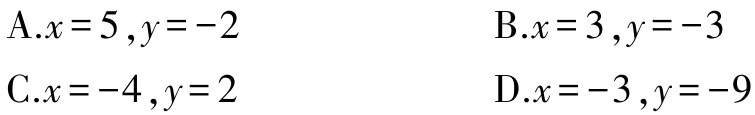
A.$x = 5,y = - 2$

B.$x = 3,y = - 3$

C.$x = - 4,y = 2$

D.$x = - 3,y = - 9$